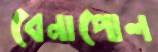
বেনাপোল